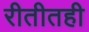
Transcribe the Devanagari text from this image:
रीतीतही